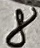
Text: 8